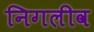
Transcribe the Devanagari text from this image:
निगलीव